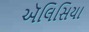
ઍલિસિયા